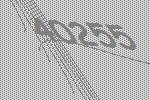
40255